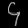
Digit: ၄